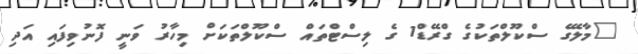
"މާލޭގެ ސްކޫލްތަކުގެ ގްރޭޑް1 ގެ ލިސްޓްތައް ސްކޫލްތަކަށް މިހާރު ވަނީ ފޮނުވިފައި އަދި